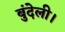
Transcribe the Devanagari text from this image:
बुंदेली।